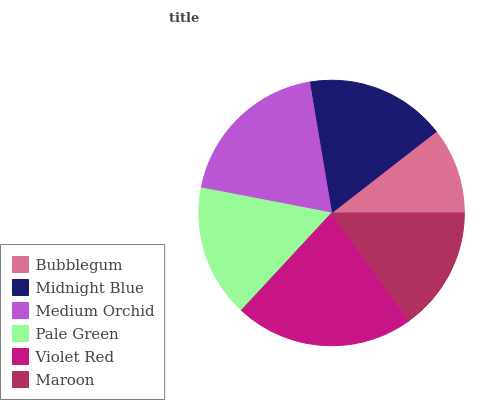
| Bubblegum | Midnight Blue | Medium Orchid | Pale Green | Violet Red | Maroon |
 | --- | --- | --- | --- | --- | --- |
 | 10.5% | 17.2% | 19.3% | 16.1% | 21.8% | 15.1% |